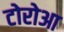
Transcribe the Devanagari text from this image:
टोरोआ